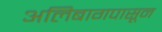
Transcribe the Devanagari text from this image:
अलिबागपासून